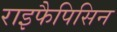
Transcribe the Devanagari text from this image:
राइफैपिसिन